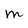
Character: M